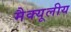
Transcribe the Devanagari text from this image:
मैक्यूलीय